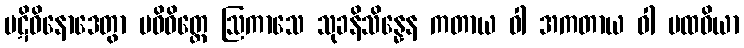
ပဋိဝိနောဒေတွာ ပဝိဝိတ္တေ ဩကာသေ သုခနိသိန္နေန ကတာယ ဝါ အကတာယ ဝါ ပထဝိယာ